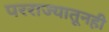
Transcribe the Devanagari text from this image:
परराज्यातूनही